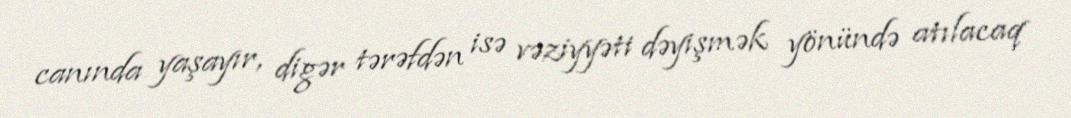
canında yaşayır, digər tərəfdən isə vəziyyəti dəyişmək yönündə atılacaq